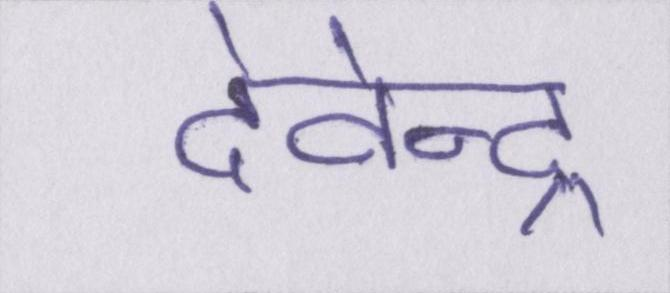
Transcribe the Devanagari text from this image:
देवेन्द्र